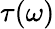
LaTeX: \tau(\omega)